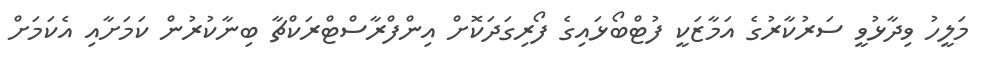
މަލީހު ވިދާޅުވީ ސަރުކާރުގެ އަމާޒަކީ ފުޓްބޯޅައިގެ ފޯރިގަދަކޮށް އިންފްރާސްޓްރަކްޗާ ބިނާކުރުން ކަމަށާއި އެކަމަށް